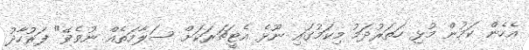
އެހެން ކަމުން މުޅި ހަތަރުދަމު މިކަމުގައި ނޫޅެ އެޓީޗަރަކަށް ސަލާމަތެއް ނުވެވޭ" ފަރުހާދު